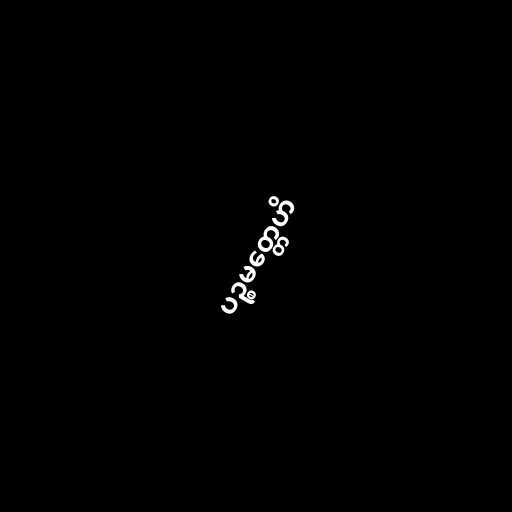
ပဉ္စမတ္တေဟိ